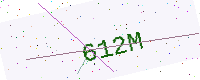
Text: 612M